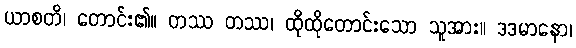
ယာစတိ၊ တောင်း၏။ တဿ တဿ၊ ထိုထိုတောင်းသော သူအား။ ဒဒမာနော၊